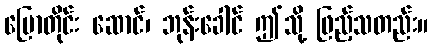
ပြောတိုင်း ဆောင်၊ ဘုန်းခေါင် ဤသို့ ဖြည့်သတည်း။